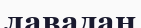
лавадан